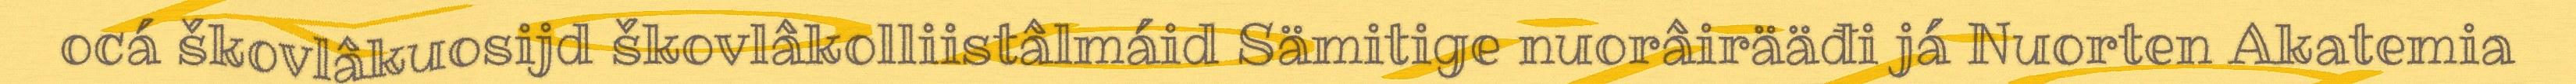
ocá škovlâkuosijd škovlâkolliistâlmáid Sämitige nuorâirääđi já Nuorten Akatemia